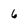
Character: 6